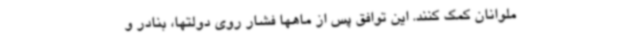
ملوانان کمک کنند. این توافق پس از ماهها فشار روی دولتها، بنادر و